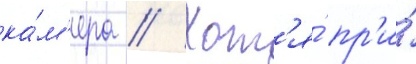
ка́м'ера // Хот'я́ пр'и́